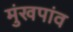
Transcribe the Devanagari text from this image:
मुंखपांव